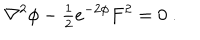
\nabla ^ { 2 } \phi - { \textstyle \frac { 1 } { 2 } } e ^ { - 2 \phi } F ^ { 2 } = 0 \ .